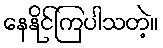
နေနိုင်ကြပါသတဲ့။